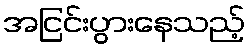
အငြင်းပွားနေသည့်